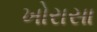
ખોરાસા